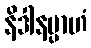
နိဒါနမ္ပာဟံ